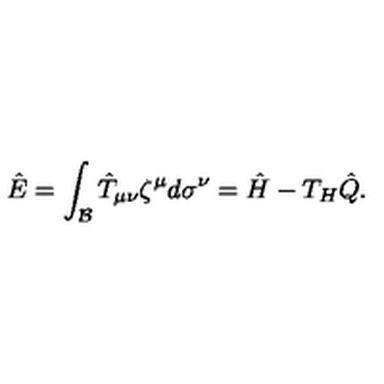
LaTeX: \hat { E } = \int _ { \cal B } \hat { T } _ { \mu \nu } \zeta ^ { \mu } d \sigma ^ { \nu } = \hat { H } - T _ { H } \hat { Q } .